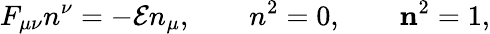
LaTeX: F_{\mu\nu}n^{\nu}=-{\cal E}n_{\mu},\qquad n^{2}=0,\qquad{\mathbf n}^{2}=1,